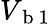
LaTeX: V_{\mathrm{~b~1~}}